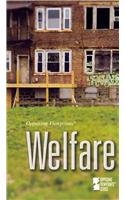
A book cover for Welfare (Opposing Viewpoints); Margaret Haerens; Teen & Young Adult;